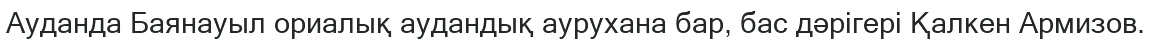
Ауданда Баянауыл ориалық аудандық аурухана бар, бас дәрігері Қалкен Армизов.